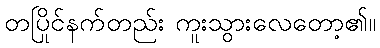
တပြိုင်နက်တည်း ကူးသွားလေတော့၏။